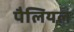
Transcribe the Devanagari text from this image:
पैलियल